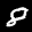
Label: 8